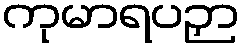
ကုမာရပဉှာ